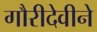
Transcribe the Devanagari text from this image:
गौरीदेवीने